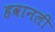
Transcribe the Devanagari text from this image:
हवानली